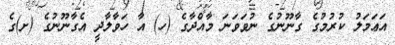
އަޢަމަލު ކުރުމުގެ ގާނޫނުގެ ނުވަވަނަ މާއްދާގެ (ހ) އާ ހަވާލާދީ އެގާނޫނުގެ (ށ)ގެ